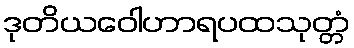
ဒုတိယဝေါဟာရပထသုတ္တံ